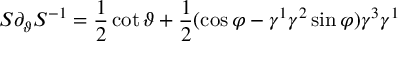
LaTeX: S \partial _ { \vartheta } S ^ { - 1 } = \frac 1 2 \cot \vartheta + \frac 1 2 ( \cos \varphi - \gamma ^ { 1 } \gamma ^ { 2 } \sin \varphi ) \gamma ^ { 3 } \gamma ^ { 1 }